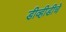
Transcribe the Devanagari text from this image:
डीव्हीडीचे